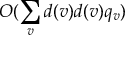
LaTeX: O ( \sum _ { v } d ( v ) d ( v ) q _ { v } )